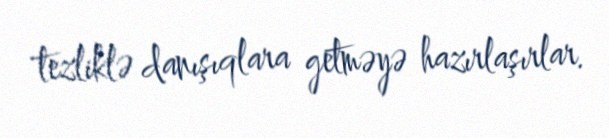
tezliklə danışıqlara getməyə hazırlaşırlar.